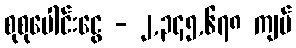
စုစုပေါင်းငွေ - ၂,၃၄၅,၆၇၈ ကျပ်